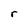
Character: r